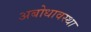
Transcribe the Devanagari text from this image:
अबोधावस्था